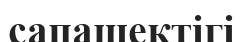
сапашектігі